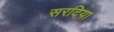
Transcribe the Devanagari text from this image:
सरदिया